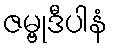
ဇမ္ဗုဒီပါနံ